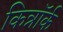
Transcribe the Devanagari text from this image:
किन्नॉर्क